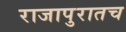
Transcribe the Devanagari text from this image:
राजापुरातच